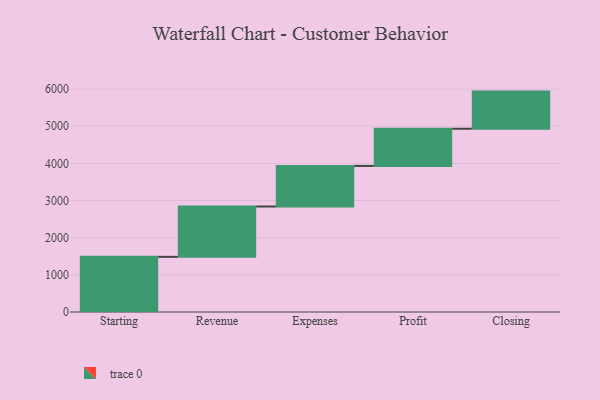
{"axis": {"x": "Step", "y": "Value"}, "legend": [""], "data": [{"x": "Starting", "y": 1484.0, "type": ""}, {"x": "Revenue", "y": 1355.0, "type": ""}, {"x": "Expenses", "y": 1092.0, "type": ""}, {"x": "Profit", "y": 1000, "type": ""}, {"x": "Closing", "y": 1000, "type": ""}]}